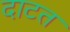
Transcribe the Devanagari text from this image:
दाटत